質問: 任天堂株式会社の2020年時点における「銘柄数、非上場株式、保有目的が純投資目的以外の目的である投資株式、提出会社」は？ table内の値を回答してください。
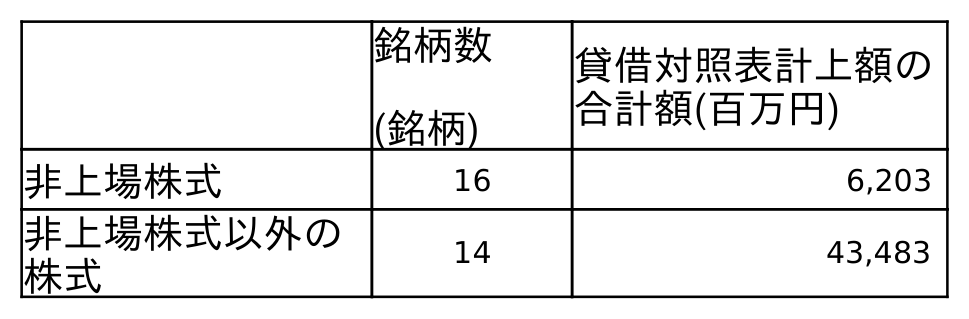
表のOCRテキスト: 銘柄数 (銘柄) 貸借対照表計上額の 合計額(百万円) 非上場株式 16 6,203 非上場株式以外の 株式 14 43,483
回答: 16